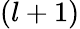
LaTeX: (l+1)